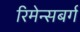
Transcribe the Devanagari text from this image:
रिमेन्सबर्ग